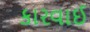
કારવાઈ